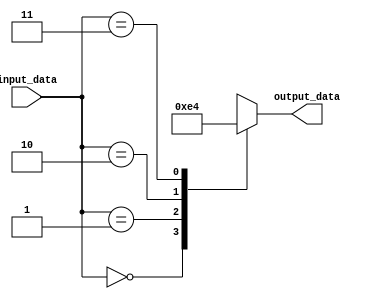
module full_case_statement (
    input [1:0] input_data,
    output reg [1:0] output_data
);

always @(*)
begin
    case (input_data)
        2'b00: begin
            output_data <= 2'b11;
        end
        2'b01: begin
            output_data <= 2'b10;
        end
        2'b10: begin
            output_data <= 2'b01;
        end
        2'b11: begin
            output_data <= 2'b00;
        end
        default: begin
            output_data <= 2'b00;
        end
    endcase
end

endmodule